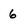
Character: 6